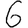
Digit: 6